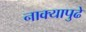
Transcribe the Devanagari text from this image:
नाक्‍यापुढे